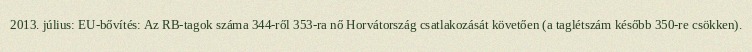
2013. július: EU-bővítés: Az RB-tagok száma 344-ről 353-ra nő Horvátország csatlakozását követően (a taglétszám később 350-re csökken).